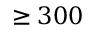
\geq 3 0 0